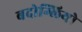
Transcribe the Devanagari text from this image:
बदोग्लियो